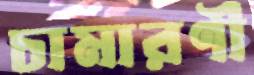
চামারণী